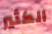
الكثير